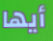
أيها